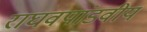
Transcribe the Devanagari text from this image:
राघवपांडवीय